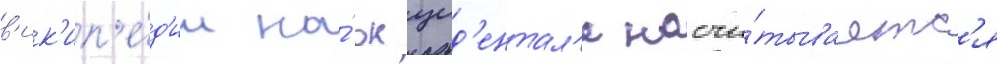
в'ик'ип'е́д'ии на́ окцид'ентал'е насчи́тываетс'я